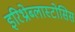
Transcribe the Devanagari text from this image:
इरिथ्रोब्लास्टोसिस